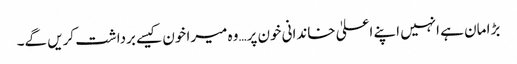
بڑا مان ہے انہیں اپنے اعلیٰ خاندانی خون پر…وہ میرا خون کیسے برداشت کریں گے۔